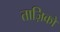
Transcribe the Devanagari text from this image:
ताज़िकों